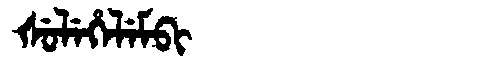
Manchu: ᡧᡠᠯᡝᡥᡝᠯᡝᠮᠪᡳ
Romanization: ŠULEHELEMBI